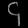
Digit: ၄